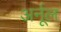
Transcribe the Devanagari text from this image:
अर्नूल